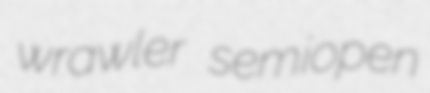
wrawler semiopen